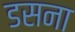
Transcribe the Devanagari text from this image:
डसना